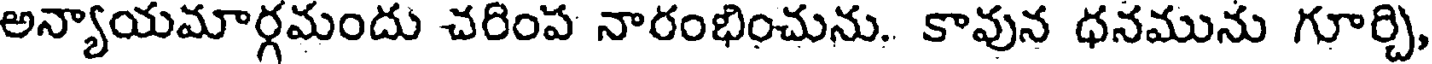
అన్యాయమార్గమందు చరింప నారంభించును. కావున ధనమును గూర్చి,